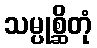
သမ္ပုစ္ဆိတုံ